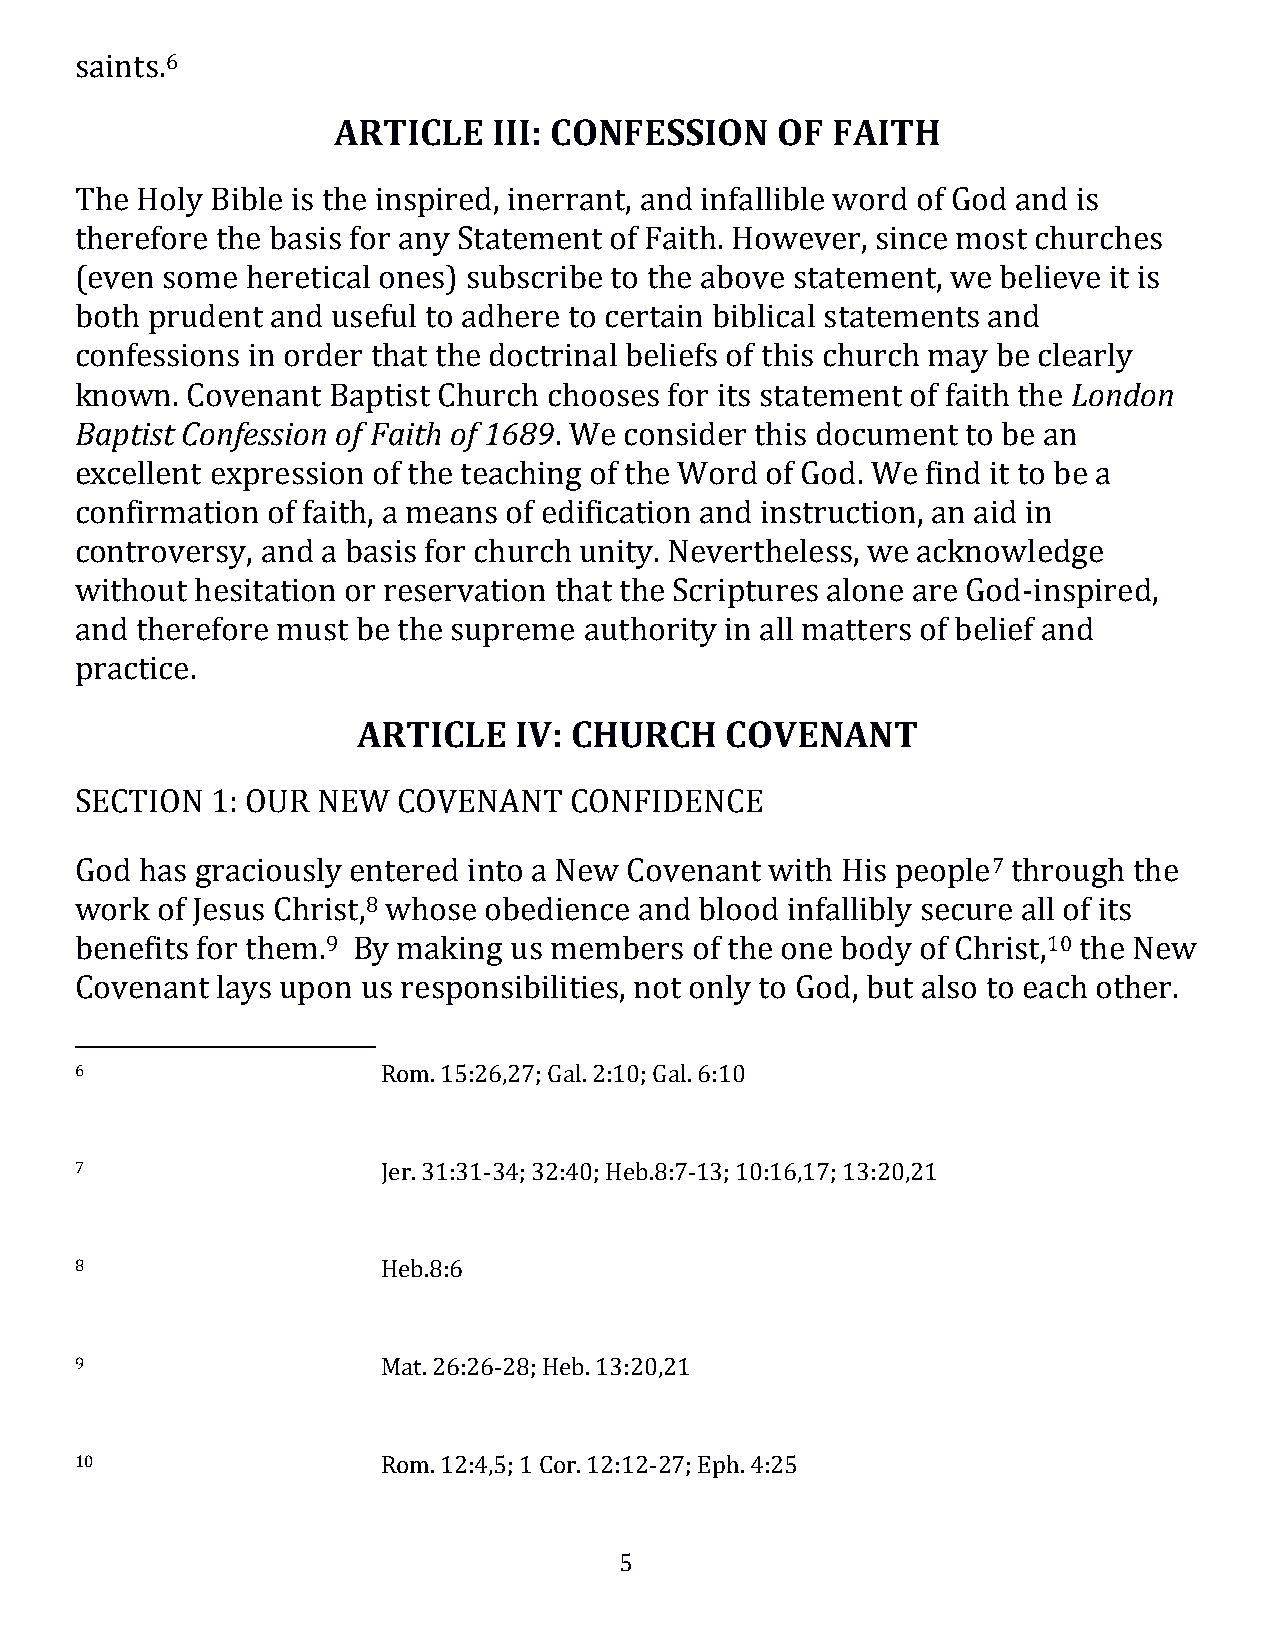
saints.6
 ARTICLE    III: CONFESSION   OF  FAITH
 The Holy Bible is the inspired, inerrant, and infallible word of God and is
 therefore the basis for any Statement of Faith. However, since most churches
 (even some heretical ones) subscribe to the above statement, we believe it is
 both prudent and useful to adhere to certain biblical statements and
 confessions in order that the doctrinal beliefs of this church may be clearly
 known. Covenant  Baptist Church chooses for its statement of faith the London
 Baptist Confession of Faith of 1689. We consider this document to be an
 excellent expression of the teaching of the Word of God. We find it to be a
 confirmation of faith, a means of edification and instruction, an aid in
 controversy, and a basis for church unity. Nevertheless, we acknowledge
 without hesitation or reservation that the Scriptures alone are God-inspired,
 and therefore must be the supreme authority in all matters of belief and
 practice.
 ARTICLE   IV: CHURCH    COVENANT
 SECTION  1: OUR NEW  COVENANT    CONFIDENCE
 God has graciously entered into a New Covenant with His people7 through the
 work of Jesus Christ,8 whose obedience and blood infallibly secure all of its
 benefits for them.9 By making us members of the one body of Christ,10 the New
 Covenant lays upon us responsibilities, not only to God, but also to each other.
 6                   Rom. 15:26,27; Gal. 2:10; Gal. 6:10
 7                   Jer. 31:31-34; 32:40; Heb.8:7-13; 10:16,17; 13:20,21
 8                   Heb.8:6
 9                   Mat. 26:26-28; Heb. 13:20,21
 10                  Rom. 12:4,5; 1 Cor. 12:12-27; Eph. 4:25
 5